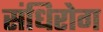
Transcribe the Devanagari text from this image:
संधिरोग